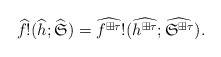
LaTeX: \begin{align*}\widehat f!(\widehat h;\widehat{\frak S})=\widehat{f^{\boxplus\tau}}!(\widehat{h^{\boxplus\tau}};\widehat{\frak S^{\boxplus\tau}}).\end{align*}